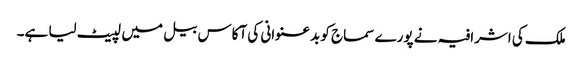
ملک کی اشرافیہ نے پورے سماج کو بدعنوانی کی آکاس بیل میں لپیٹ لیا ہے۔